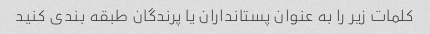
کلمات زیر را به عنوان پستانداران یا پرندگان طبقه بندی کنید